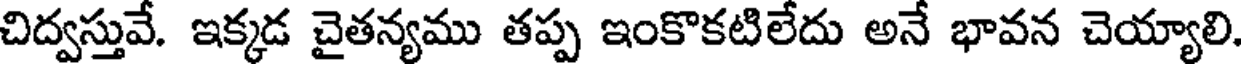
చిద్వస్తువే. ఇక్కడ చైతన్యము తప్ప ఇంకొకటిలేదు అనే భావన చెయ్యాలి